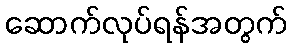
ဆောက်လုပ်ရန်အတွက်